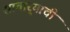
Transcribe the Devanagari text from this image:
सातार्‍याची